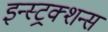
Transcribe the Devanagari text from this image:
इन्स्ट्रक्शन्स